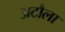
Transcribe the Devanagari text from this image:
अटौला